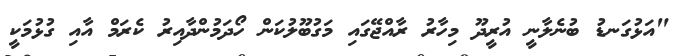
"އަޅުގަނޑު ބުނެލާނީ އުރީދޫ މިހާރު ރާއްޖޭގައި މަގުބޫލުކަން ހޯދަމުންދާއިރު ކެރަމް އާއި ގުޅުމަކީ